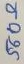
Text: 560Ω